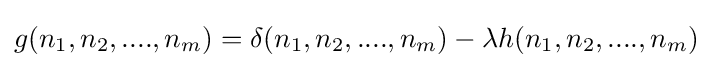
g(n_{1},n_{2},....,n_{m})=\delta (n_{1},n_{2},....,n_{m})-\lambda h(n_{1},n_{2},....,n_{m})